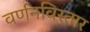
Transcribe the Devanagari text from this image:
वर्णनविस्तार